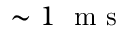
\sim 1 ~ \textrm { m s }